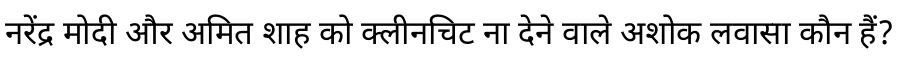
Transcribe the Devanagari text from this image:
नरेंद्र मोदी और अमित शाह को क्लीनचिट ना देने वाले अशोक लवासा कौन हैं?